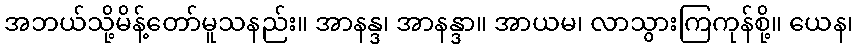
အဘယ်သို့မိန့်တော်မူသနည်း။ အာနန္ဒ၊ အာနန္ဒာ။ အာယမ၊ လာသွားကြကုန်စို့။ ယေန၊